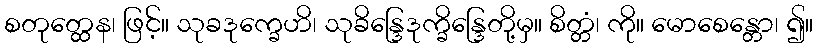
စတုတ္ထေန၊ ဖြင့်။ သုခဒုက္ခေဟိ၊ သုခိန္ဒြေဒုက္ခိန္ဒြေတို့မှ။ စိတ္တံ၊ ကို။ မောစေန္တော၊ ၍။